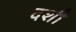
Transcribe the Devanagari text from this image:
दशी